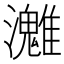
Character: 𤄛